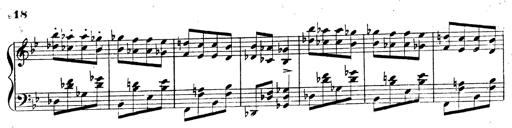
Title: 3 Caprices-Valses
Composer: Franz Liszt